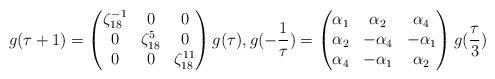
LaTeX: \begin{align*} g(\tau + 1) = \begin{pmatrix} \zeta_{18}^{-1} & 0 & 0 \\ 0 & \zeta_{18}^5 & 0 \\ 0 & 0 & \zeta_{18}^{11} \end{pmatrix} g(\tau), g(-\frac{1}{\tau}) = \begin{pmatrix} \alpha_1 & \alpha_2 & \alpha_4 \\ \alpha_2 & -\alpha_4 & -\alpha_1 \\ \alpha_4 & -\alpha_1 & \alpha_2 \end{pmatrix} g(\frac{\tau}{3})\end{align*}